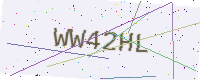
Text: WW42HL